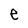
Character: e